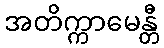
အတိက္ကာမေန္တီ